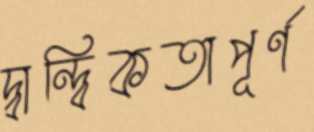
দ্বান্দ্বিকতাপূর্ণ